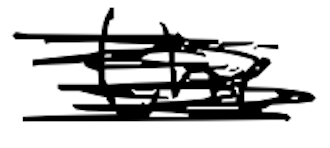
Text: the
Cross-out: scratch
Writing tool: digital_black